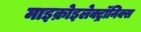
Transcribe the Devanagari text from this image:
माइक्रोइलेक्ट्रॉनिक्स